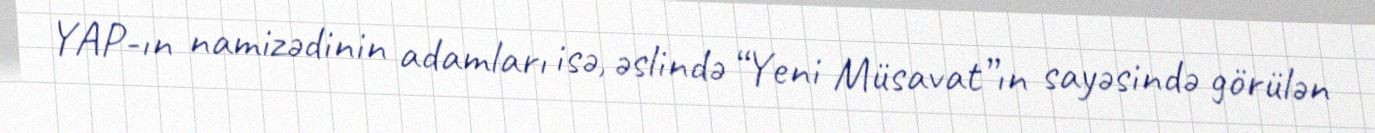
YAP-ın namizədinin adamları isə, əslində “Yeni Müsavat”ın sayəsində görülən